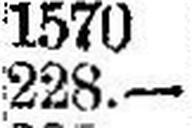
228.—